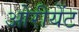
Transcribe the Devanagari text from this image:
ओरीयेंट